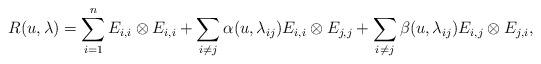
LaTeX: \begin{align*}R(u, \lambda) = \sum_{i = 1}^n E_{i, i} \otimes E_{i, i} + \sum_{i \neq j}\alpha(u, \lambda_{i j}) E_{i, i} \otimes E_{j, j} + \sum_{i \neq j}\beta(u, \lambda_{i j}) E_{i, j} \otimes E_{j, i},\end{align*}